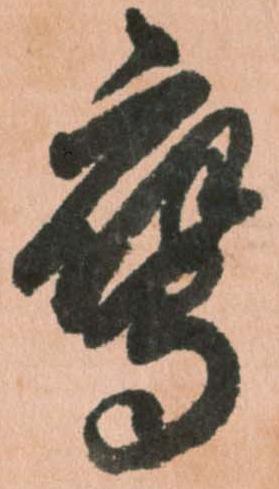
鷹